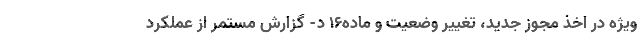
ویژه در اخذ مجوز جدید، تغییر وضعیت و ماده۱۶ د- گزارش مستمر از عملکرد